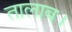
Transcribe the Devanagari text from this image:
तालाब।